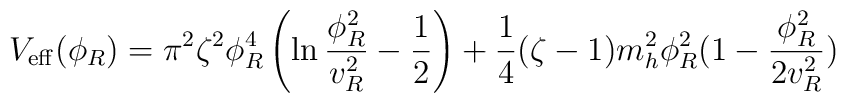
V_{\rm eff}(\phi_R)  =  \pi^2\zeta^2\phi^4_R \left( \ln{{\phi^2_R}\over{v^2_R}}-{{1}\over{2}} \right)      +  {{1}\over{4}}(\zeta-1)m^2_h\phi^2_R(1-{{\phi^2_R}\over{2v^2_R}})